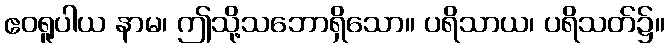
ဧဝရူပါယ နာမ၊ ဤသို့သဘောရှိသော။ ပရိသာယ၊ ပရိသတ်၌။